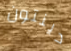
دينتون